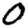
Digit: 0